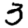
Digit: 3